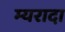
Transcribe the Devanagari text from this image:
म्यरादा